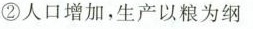
②人口增加，生产以粮为纲